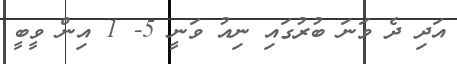
އަދި ދެ ވަނަ ބުރުގައި ނިއު ވަނީ 5- 1 އިން ވީބީ